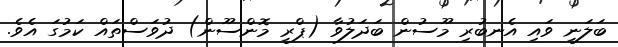
ބަލަނީ ވައި އެނބުރި މޫސުން ބަދަލުވާ (ޕްރީ މޮންސޫން) ދުވަސްތައް ކަމުގަ އެވެ.